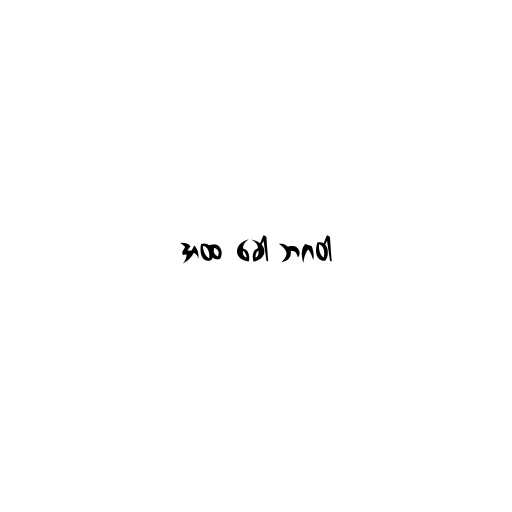
အထ ခေါ ဘဂဝါ